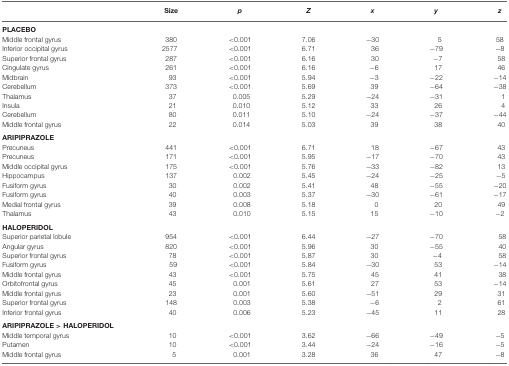
<table><thead><tr><td></td><td><b>Size</b></td><td><b><i>p</i></b></td><td><b><i>Z</i></b></td><td><b><i>x</i></b></td><td><b><i>y</i></b></td><td><b><i>z</i></b></td></tr></thead><tbody><tr><td><b>PLACEBO</b></td></tr><tr><td>Middle frontal gyrus</td><td>380</td><td>&lt;0.001</td><td>7.06</td><td>−30</td><td>5</td><td>58</td></tr><tr><td>Inferior occipital gyrus</td><td>2577</td><td>&lt;0.001</td><td>6.71</td><td>36</td><td>−79</td><td>−8</td></tr><tr><td>Superior frontal gyrus</td><td>287</td><td>&lt;0.001</td><td>6.16</td><td>30</td><td>−7</td><td>58</td></tr><tr><td>Cingulate gyrus</td><td>261</td><td>&lt;0.001</td><td>6.16</td><td>−6</td><td>17</td><td>46</td></tr><tr><td>Midbrain</td><td>93</td><td>&lt;0.001</td><td>5.94</td><td>−3</td><td>−22</td><td>−14</td></tr><tr><td>Cerebellum</td><td>373</td><td>&lt;0.001</td><td>5.69</td><td>39</td><td>−64</td><td>−38</td></tr><tr><td>Thalamus</td><td>37</td><td>0.005</td><td>5.29</td><td>−24</td><td>−31</td><td>1</td></tr><tr><td>Insula</td><td>21</td><td>0.010</td><td>5.12</td><td>33</td><td>26</td><td>4</td></tr><tr><td>Cerebellum</td><td>80</td><td>0.011</td><td>5.10</td><td>−24</td><td>−37</td><td>−44</td></tr><tr><td>Middle frontal gyrus</td><td>22</td><td>0.014</td><td>5.03</td><td>39</td><td>38</td><td>40</td></tr><tr><td><b>ARIPIPRAZOLE</b></td></tr><tr><td>Precuneus</td><td>441</td><td>&lt;0.001</td><td>6.71</td><td>18</td><td>−67</td><td>43</td></tr><tr><td>Precuneus</td><td>171</td><td>&lt;0.001</td><td>5.95</td><td>−17</td><td>−70</td><td>43</td></tr><tr><td>Middle occipital gyrus</td><td>175</td><td>&lt;0.001</td><td>5.76</td><td>−33</td><td>−82</td><td>13</td></tr><tr><td>Hippocampus</td><td>137</td><td>0.002</td><td>5.45</td><td>−24</td><td>−25</td><td>−5</td></tr><tr><td>Fusiform gyrus</td><td>30</td><td>0.002</td><td>5.41</td><td>48</td><td>−55</td><td>−20</td></tr><tr><td>Fusiform gyrus</td><td>40</td><td>0.003</td><td>5.37</td><td>−30</td><td>−61</td><td>−17</td></tr><tr><td>Medial frontal gyrus</td><td>39</td><td>0.008</td><td>5.18</td><td>0</td><td>20</td><td>49</td></tr><tr><td>Thalamus</td><td>43</td><td>0.010</td><td>5.15</td><td>15</td><td>−10</td><td>−2</td></tr><tr><td><b>HALOPERIDOL</b></td></tr><tr><td>Superior parietal lobule</td><td>954</td><td>&lt;0.001</td><td>6.44</td><td>−27</td><td>−70</td><td>58</td></tr><tr><td>Angular gyrus</td><td>820</td><td>&lt;0.001</td><td>5.96</td><td>30</td><td>−55</td><td>40</td></tr><tr><td>Superior frontal gyrus</td><td>78</td><td>&lt;0.001</td><td>5.87</td><td>30</td><td>−4</td><td>58</td></tr><tr><td>Fusiform gyrus</td><td>59</td><td>&lt;0.001</td><td>5.84</td><td>−30</td><td>53</td><td>−14</td></tr><tr><td>Middle frontal gyrus</td><td>43</td><td>&lt;0.001</td><td>5.75</td><td>45</td><td>41</td><td>38</td></tr><tr><td>Orbitofrontal gyrus</td><td>45</td><td>0.001</td><td>5.61</td><td>27</td><td>53</td><td>−14</td></tr><tr><td>Middle frontal gyrus</td><td>23</td><td>0.001</td><td>5.60</td><td>−51</td><td>29</td><td>31</td></tr><tr><td>Superior frontal gyrus</td><td>148</td><td>0.003</td><td>5.38</td><td>−6</td><td>2</td><td>61</td></tr><tr><td>Inferior frontal gyrus</td><td>40</td><td>0.006</td><td>5.23</td><td>−45</td><td>11</td><td>28</td></tr><tr><td><b>ARIPIPRAZOLE &gt; HALOPERIDOL</b></td></tr><tr><td>Middle temporal gyrus</td><td>10</td><td>&lt;0.001</td><td>3.62</td><td>−66</td><td>−49</td><td>−5</td></tr><tr><td>Putamen</td><td>10</td><td>&lt;0.001</td><td>3.44</td><td>−24</td><td>−16</td><td>−5</td></tr><tr><td>Middle frontal gyrus</td><td>5</td><td>0.001</td><td>3.28</td><td>36</td><td>47</td><td>−8</td></tr></tbody></table>